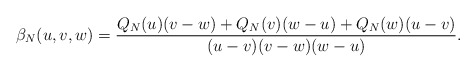
\begin{align*}\beta_N(u,v,w)={Q_N(u)(v-w)+Q_N(v)(w-u)+Q_N(w)(u-v)\over (u-v)(v-w)(w-u)}.\end{align*}